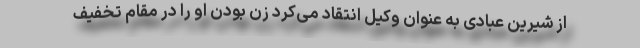
از شیرین عبادی به عنوان وکیل انتقاد می‌کرد زن بودن او را در مقام تخفیف